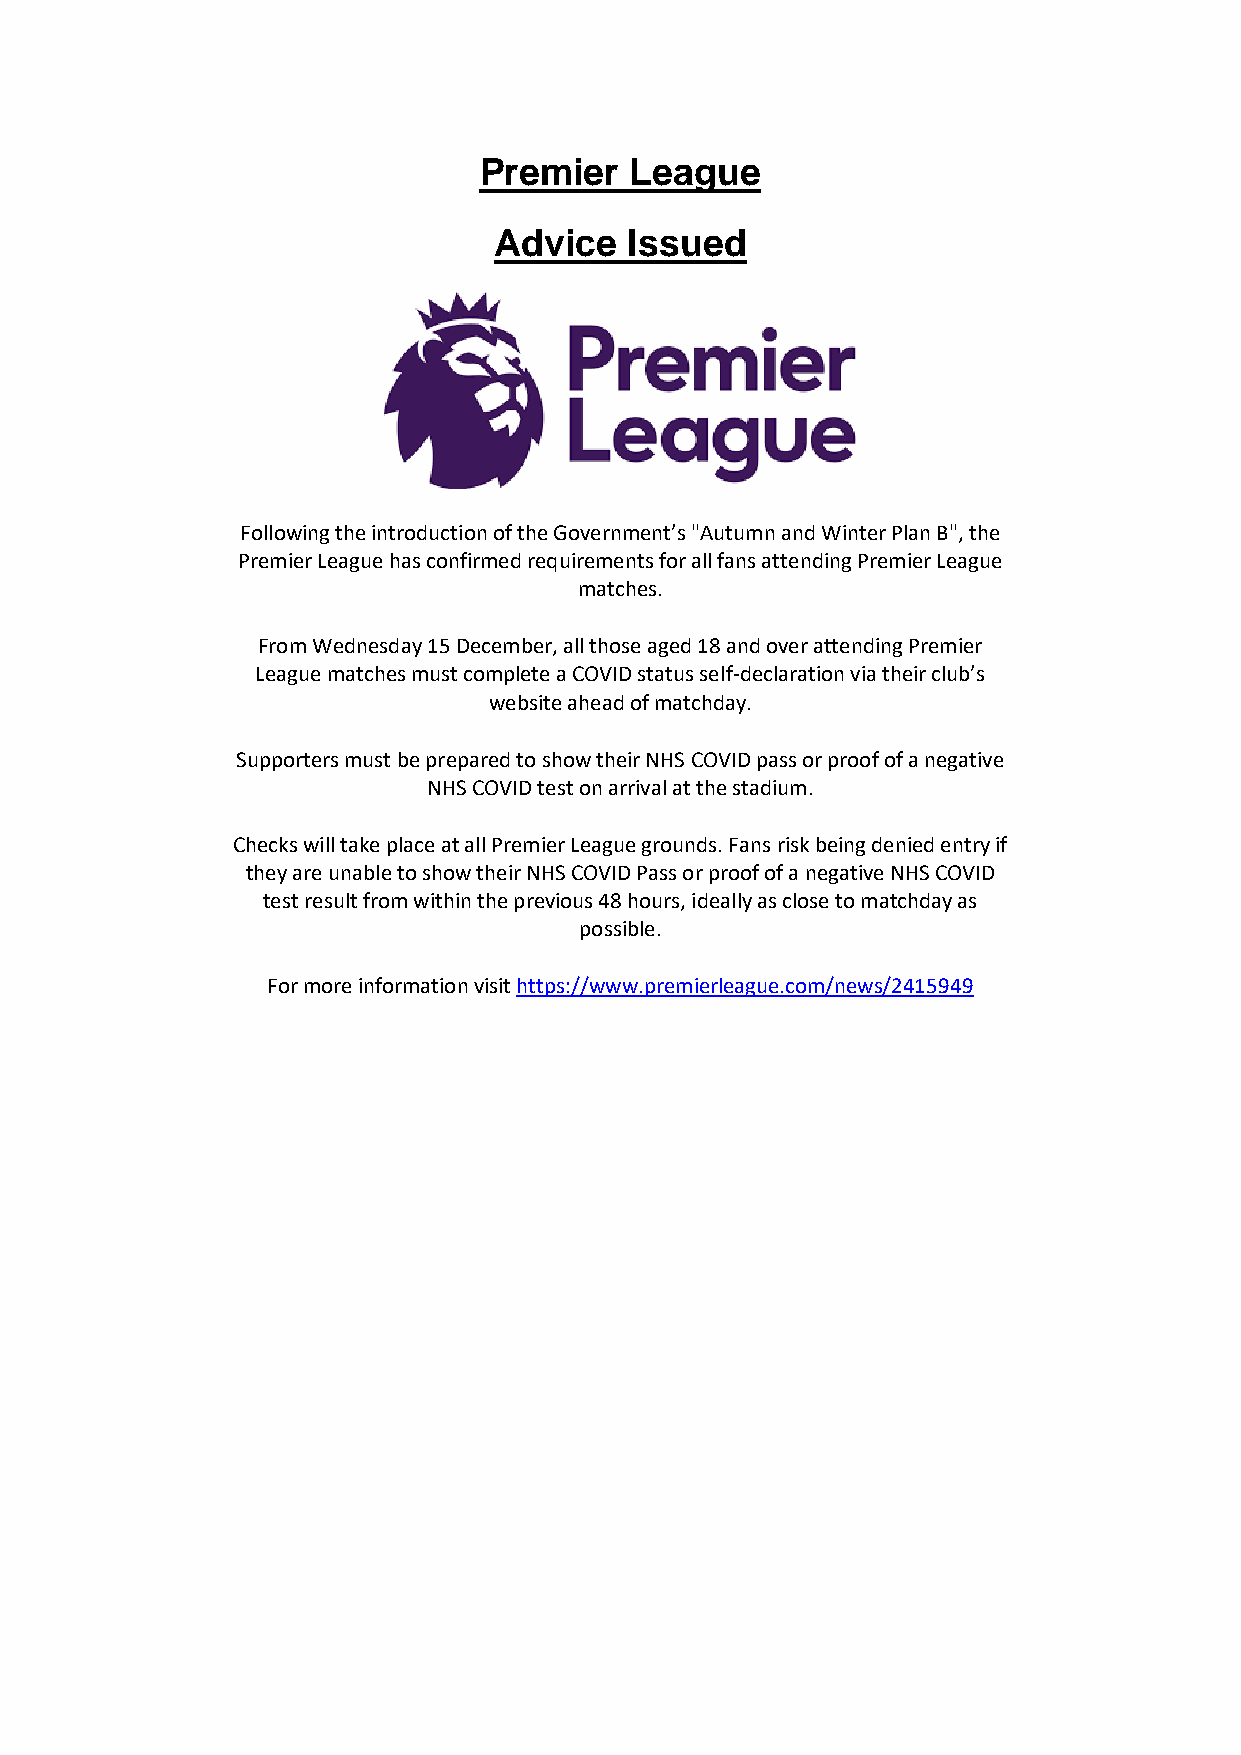
Premier   League
 Advice   Issued
 Following the introduction of the Government’s "Autumn and Winter Plan B", the
 Premier League has confirmed requirements for all fans attending Premier League
 matches.
 From Wednesday 15 December, all those aged 18 and over attending Premier
 League matches must complete a COVID status self-declaration via their club’s
 website ahead of matchday.
 Supporters must be prepared to show their NHS COVID pass or proof of a negative
 NHS COVID test on arrival at the stadium.
 Checks will take place at all Premier League grounds. Fans risk being denied entry if
 they are unable to show their NHS COVID Pass or proof of a negative NHS COVID
 test result from within the previous 48 hours, ideally as close to matchday as
 possible.
 For more information visit https://www.premierleague.com/news/2415949